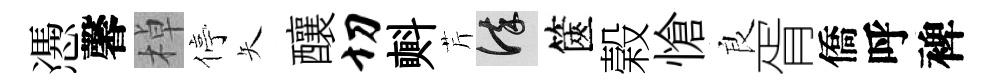
慿馨棹停矢釀切㪺芹謹篋榖愴良胥僑呼裨